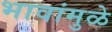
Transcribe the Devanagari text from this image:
भावांमुळे